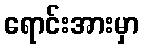
ရောင်းအားမှာ